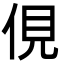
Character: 俔